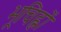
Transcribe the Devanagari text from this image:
भूचिह्नों